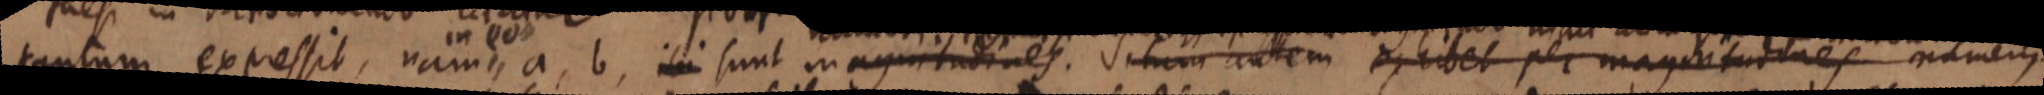
tantum expressit, nam a, b, ibi sunt magnitudines. Situm autem ex hibet per magnitudines numerus